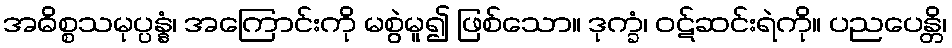
အဓိစ္စသမုပ္ပန္နံ၊ အကြောင်းကို မစွဲမူ၍ ဖြစ်သော။ ဒုက္ခံ၊ ဝဋ်ဆင်းရဲကို။ ပညပေန္တိ၊